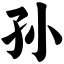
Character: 孙